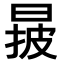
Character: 𣈓